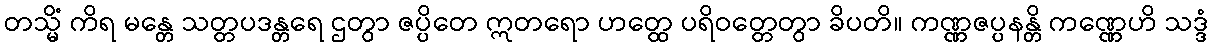
တသ္မိံ ကိရ မန္တေ သတ္တပဒန္တရေ ဌတွာ ဇပ္ပိတေ ဣတရော ဟတ္ထေ ပရိဝတ္တေတွာ ခိပတိ။ ကဏ္ဏဇပ္ပနန္တိ ကဏ္ဏေဟိ သဒ္ဒံ